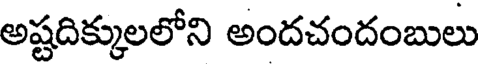
అష్టదిక్కులలోని అందచందంబులు